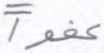
عفوا